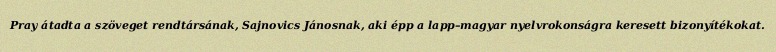
Pray átadta a szöveget rendtársának, Sajnovics Jánosnak, aki épp a lapp–magyar nyelvrokonságra keresett bizonyítékokat.